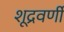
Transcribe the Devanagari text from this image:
शूद्रवर्णी